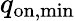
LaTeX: q_{\mathrm{on,min}}